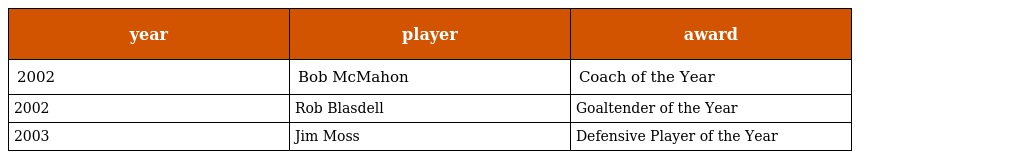
| year | player | award |
 | --- | --- | --- |
 | 2002 | Bob McMahon | Coach of the Year |
 | 2002 | Rob Blasdell | Goaltender of the Year |
 | 2003 | Jim Moss | Defensive Player of the Year |